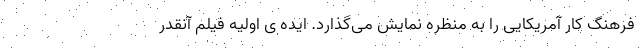
فرهنگ کار آمریکایی را به منظره نمایش می‌گذارد. ایده ی اولیه فیلم آنقدر